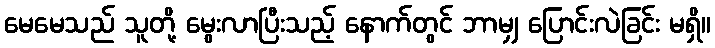
မေမေသည် သူတို့ မွေးလာပြီးသည့် နောက်တွင် ဘာမျှ ပြောင်းလဲခြင်း မရှိ။